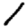
Digit: 1